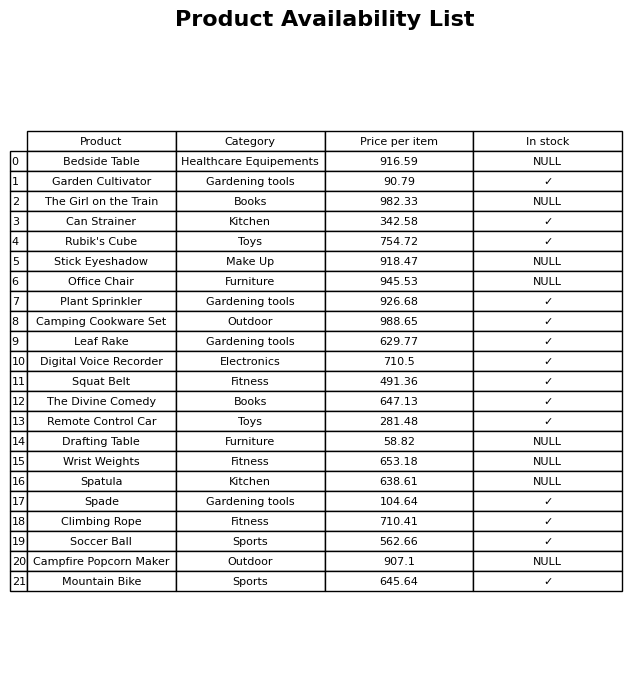
question: What is the price of the Wrist Weights?
answer: The price of Wrist Weights is 653.18.